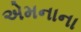
એમનાના